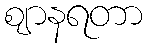
ဈာနရတာ